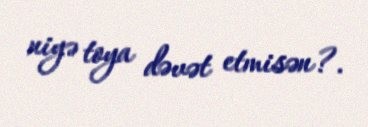
niyə toya dəvət etmisən?.